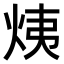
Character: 𤈙